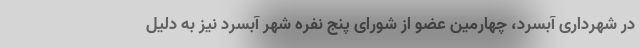
در شهرداری آبسرد، چهارمین عضو از شورای پنج نفره شهر آبسرد نیز به دلیل